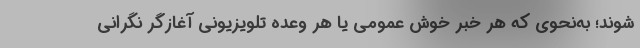
شوند؛ به‌نحوی که هر خبر خوش عمومی یا هر وعده تلویزیونی آغازگر نگرانی